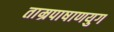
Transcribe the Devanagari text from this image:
ताम्रपाषाणयुग